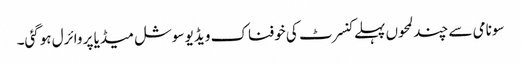
سونامی سے چند لمحوں پہلے کنسرٹ کی خوفناک ویڈیو سوشل میڈیا پر وائرل ہوگئی۔